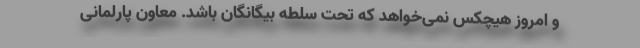
و امروز هیچکس نمی‌خواهد که تحت سلطه بیگانگان باشد. معاون پارلمانی